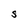
Character: S